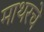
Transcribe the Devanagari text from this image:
माथरचे